Civil Veterinary Department. Central Provinces & Berar 1925-31 - 1925-1931
Year: 1925
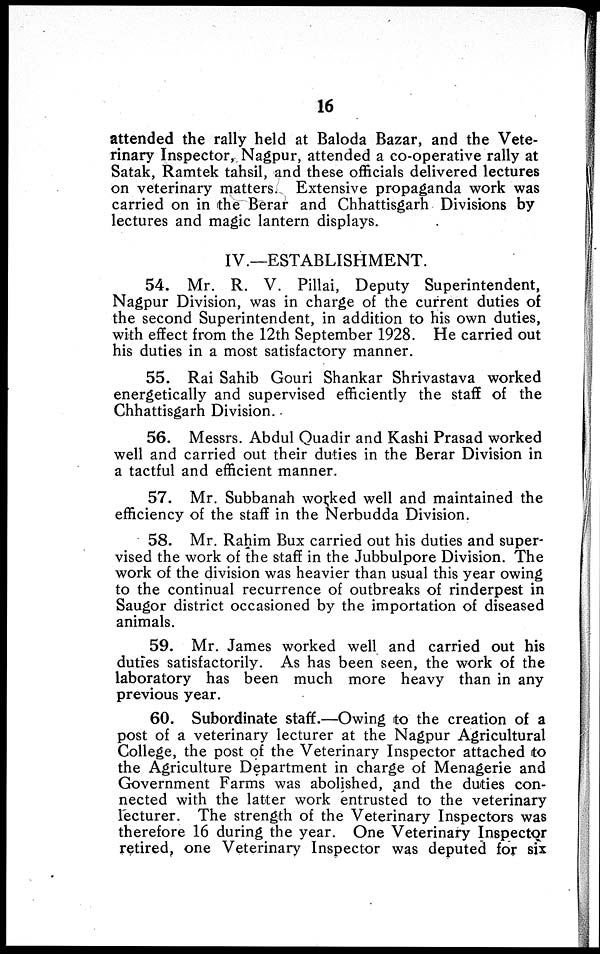
16
attended the rally held at Baloda Bazar, and the Vete-
rinary Inspector, Nagpur, attended a co-operative rally at
Satak, Ramtek tahsil, and these officials delivered lectures
on veterinary matters. Extensive propaganda work was
carried on in the Berar and Chhattisgarh Divisions by
lectures and magic lantern displays.
IV.—ESTABLISHMENT.
54. Mr. R. V. Pillai, Deputy Superintendent,
Nagpur Division, was in charge of the current duties of
the second Superintendent, in addition to his own duties,
with effect from the 12th September 1928. He carried out
his duties in a most satisfactory manner.
55. Rai Sahib Gouri Shankar Shrivastava worked
energetically and supervised efficiently the staff of the
Chhattisgarh Division.
56. Messrs. Abdul Quadir and Kashi Prasad worked
well and carried out their duties in the Berar Division in
a tactful and efficient manner.
57. Mr. Subbanah worked well and maintained the
efficiency of the staff in the Nerbudda Division.
58. Mr. Rahim Bux carried out his duties and super-
vised the work of the staff in the Jubbulpore Division. The
work of the division was heavier than usual this year owing
to the continual recurrence of outbreaks of rinderpest in
Saugor district occasioned by the importation of diseased
animals.
59. Mr. James worked well and carried out his
duties satisfactorily. As has been seen, the work of the
laboratory has been much more heavy than in any
previous year.
60. Subordinate staff.—Owing to the creation of a
post of a veterinary lecturer at the Nagpur Agricultural
College, the post of the Veterinary Inspector attached to
the Agriculture Department in charge of Menagerie and
Government Farms was abolished, and the duties con-
nected with the latter work entrusted to the veterinary
lecturer. The strength of the Veterinary Inspectors was
therefore 16 during the year. One Veterinary Inspector
retired, one Veterinary Inspector was deputed for six